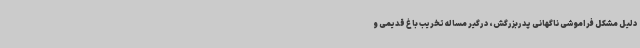
دلیل مشکل فراموشی ناگهانی پدربزرگش، درگیر مساله تخریب باغ قدیمی و